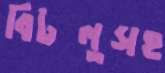
বিটলুসহ